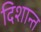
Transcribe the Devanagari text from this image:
दिशान्त